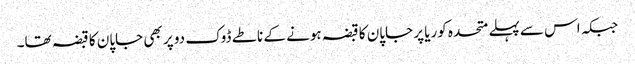
جبکہ اس سےپہلے متحدہ کوریا پر جاپان کا قبضہ ہونے کے ناطے ڈوک دو پر بھی جاپان کا قبضہ تھا۔